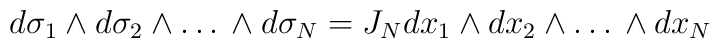
d \sigma_{1} \wedge d \sigma_{2} \wedge \ldots \, \wedge d \sigma_{N}= J_N dx_{1} \wedge dx_{2} \wedge \ldots \, \wedge dx_{N}